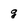
Character: g